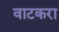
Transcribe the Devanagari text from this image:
वाटकरा